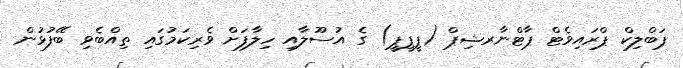
ޕަބްލިކް ޕްރައިވެޓް ޕާޓްނާރޝިޕް (ޕީޕީޕީ) ގެ އުސޫލާއި ހިލާފަށް ވެރިކަމުގައި ތިއްބެވި ބޭފުޅުން